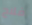
فلاح